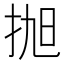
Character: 𢬐